Leaving Certificate, 1937
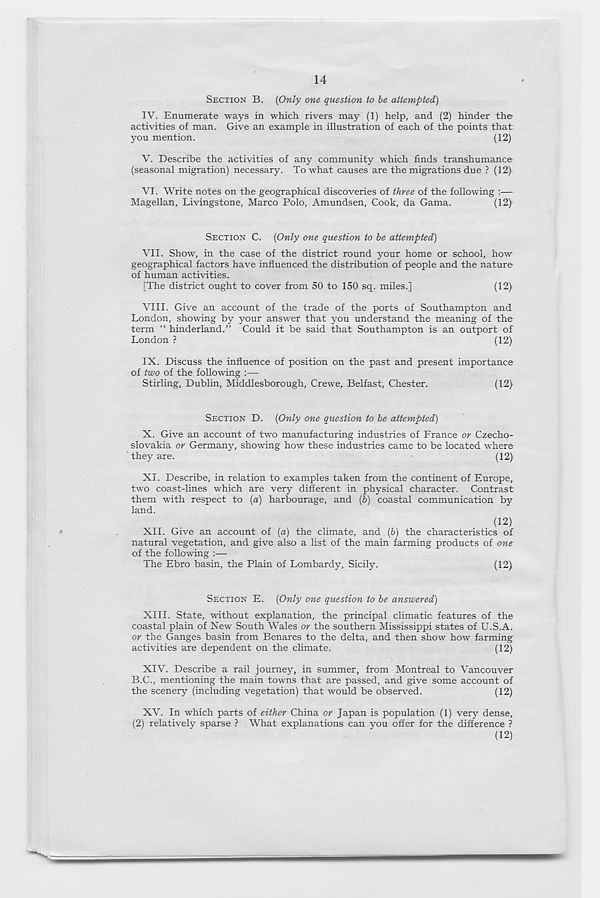
14
SECTION B.
(Only one question to be attempted)
IV.
Enumerate ways in whi
activities of man. Give an example in illustration of each of the points that
you mention.
(12)
V.
Describe the activities of a
(seasonal migration) necessary. To what causes are the migrations due ? (12)'
VI.
Write notes on the geogr
Magellan, Livingstone, Marco Polo, Amundsen, Cook, da Gama.
(12)
SECTION C. (Only one question to be attempted)
VII. Show, in the case of the district round your home or school, how
geographical factors have influenced the distribution of people and the nature
of human activities.
[The district ought to cover from 50 to 150 sq. miles.]
(12)
VIII. Give an account of the trade of the ports of Southampton and
London, showing by your answer that you understand the meaning of the
term “ hinder land.” Could it be said that Southampton is an outport of
London ?
(12)
IX. Discuss the influence of position on the past and present importance
of two of the following :—
Stirling, Dublin, Middlesborough, Crewe, Belfast, Chester.
(12)
SECTION D. (Only one question to be attempted)
X. Give an account of two manufacturing industries of France or Czecho-
slovakia or Germany, showing how these industries came to be located where
they are.
(12)
XI. Describe, in relation to examples taken from the continent of Europe,
two coast-lines which are very different in physical character. Contrast
them with respect to (a) harbourage, and (b) coastal communication by
land.
(12)
XII. Give an account of (a) the climate, and (6) the characteristics of
natural vegetation, and give also a list of the main farming products of one
of the following :—-
The Ebro basin, the Plain of Lombardy, Sicily.
(12)
SECTION E. (Only one question to be answered)
XIII. State, without explanation, the principal climatic features of the
coastal plain of New South Wales or the southern Mississippi states of U.S.A.
or the Ganges basin from Benares to the delta, and then show how farming
activities are dependent on the climate.
(12)
XIV. Describe a rail journey, in summer, from Montreal to Vancouver
B.C., mentioning the main towns that are passed, and give some account of
the scenery (including vegetation) that would be observed.
(12)
XV. In which parts of either China or Japan is population (1) very dense,
(2) relatively sparse ? What explanations can you offer for the difference ?
(12)